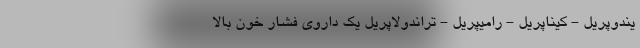
یندوپریل - کیناپریل - رامیپریل - تراندولاپریل یک داروی فشار خون بالا